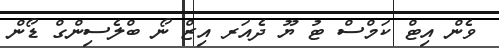
ވެން އިޓް ކަމްސް ޓު ޔޫ ދެއަރ އިޒް ނޯ ބްލެސިންގް ޑޯން